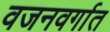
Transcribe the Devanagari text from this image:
वजनवर्गात